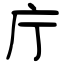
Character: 庁